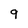
Character: 9